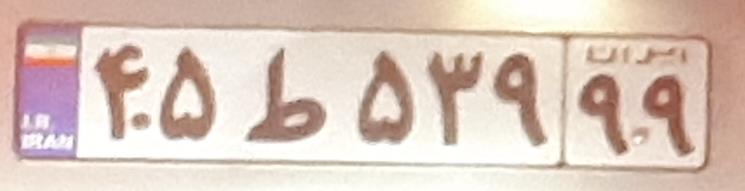
۴۵ط۵۳۹۹۹